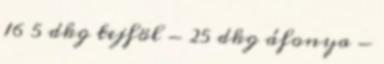
16 5 dkg tejföl - 25 dkg áfonya -